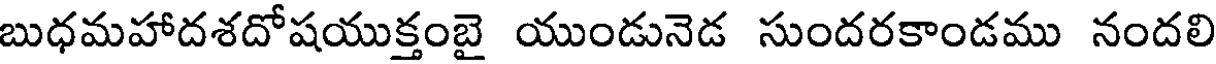
బుధమహాదశదోషయుక్తంబై యుండునెడ సుందరకాండము నందలి